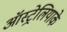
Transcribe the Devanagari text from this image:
ऑस्ट्रेलियाके